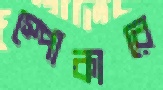
স্পোকারে